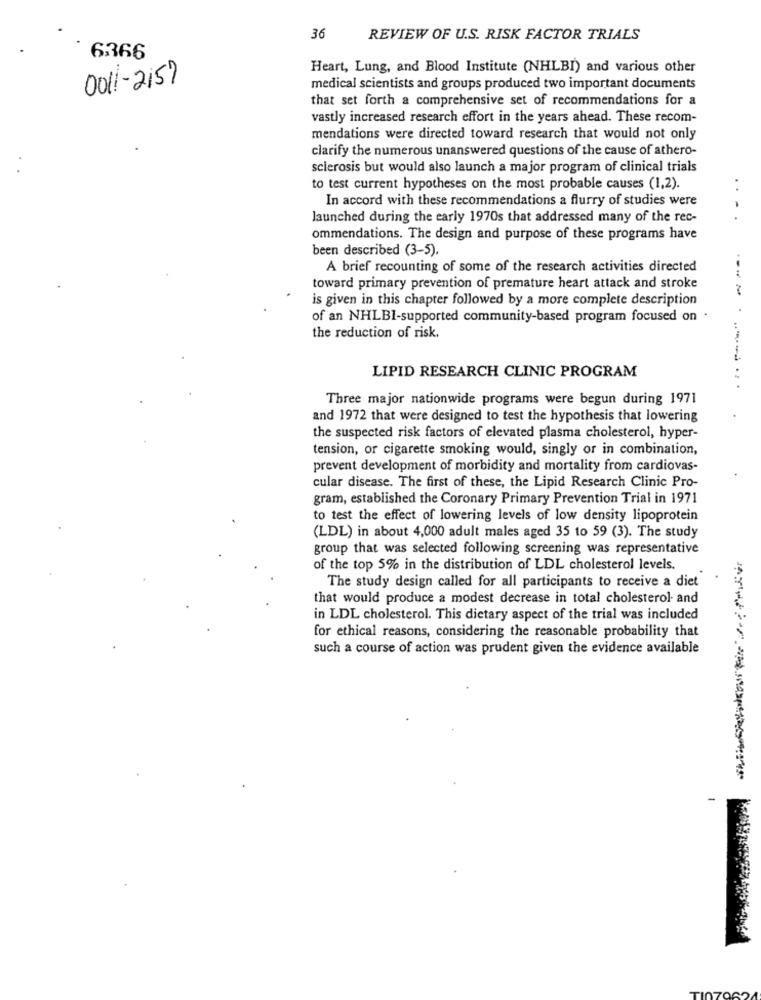
36
REVIEW OF U.S. RISK FACTOR TRIALS
6366
Heart, Lung, and Blood Institute (NHLBI) and various other
001-2157
medical scientists and groups produced two important documents
that set forth a comprehensive set of recommendations for a
vastly increased research effort in the years ahead. These recom-
mendations were directed toward research that would not only
clarify the numerous unanswered questions of the cause of athero-
sclerosis but would also launch a major program of clinical trials
to test current hypotheses on the most probable causes (1,2).
.. .
In accord with these recommendations a flurry of studies were
launched during the early 1970s that addressed many of the rec-
. .
ommendations. The design and purpose of these programs have
been described (3-5).
A brief recounting of some of the research activities directed
toward primary prevention of premature heart attack and stroke
----
is given in this chapter followed by a more complete description
of an NHLBI-supported community-based program focused on .
the reduction of risk.
LIPID RESEARCH CLINIC PROGRAM
.....
Three major nationwide programs were begun during 1971
and 1972 that were designed to test the hypothesis that lowering
the suspected risk factors of elevated plasma cholesterol, hyper-
tension, or cigarette smoking would, singly or in combination,
prevent development of morbidity and mortality from cardiovas-
cular disease. The first of these, the Lipid Research Clinic Pro-
gram, established the Coronary Primary Prevention Trial in 1971
to test the effect of lowering levels of low density lipoprotein
(LDL) in about 4,000 adult males aged 35 to 59 (3). The study
group that was selected following screening was representative
of the top 5% in the distribution of LDL cholesterol levels.
The study design called for all participants to receive a diet
that would produce a modest decrease in total cholesterol- and
in LDL cholesterol. This dietary aspect of the trial was included
for ethical reasons, considering the reasonable probability that
such a course of action was prudent given the evidence available